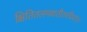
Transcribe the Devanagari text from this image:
क्षितितलमवातीतरदिदम्।।